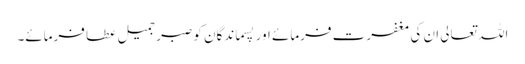
اللہ تعالی ان کی مغفرت فرمائے اور پسماندگان کو صبر جمیل عطا فرمائے۔